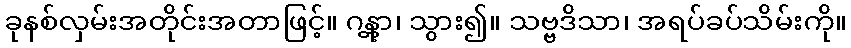
ခုနစ်လှမ်းအတိုင်းအတာဖြင့်။ ဂန္တွာ၊ သွား၍။ သဗ္ဗဒိသာ၊ အရပ်ခပ်သိမ်းကို။